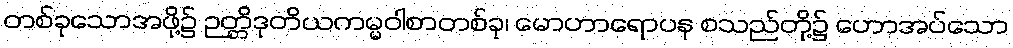
တစ်ခုသောအဖို့၌ ဉတ္တိဒုတိယကမ္မဝါစာတစ်ခု၊ မောဟာရောပန စသည်တို့၌ ဟောအပ်သော